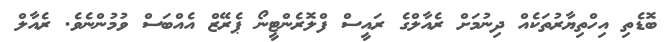
ބޮޑެތި އިހްތިޔާރުތަކެއް ދިނުމަށް ރެއާލްގެ ރައީސް ފްލޮރެންޓީނޯ ޕެރޭޒް އެއްބަސް ވުމުންނެވެ. ރެއާލް